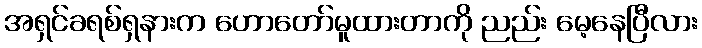
အရှင်ခရစ်ရှနားက ဟောတော်မူထားတာကို ညည်း မေ့နေပြီလား